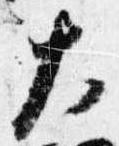
大